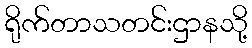
ရိုက်တာသတင်းဌာနသို့